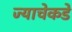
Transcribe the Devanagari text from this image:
ज्याचेकडे